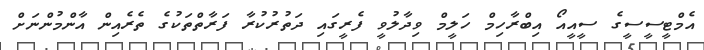
އެމްޓީސީސީގެ ސީއީއޯ އިބްރާހިމް ހަލީމް ވިދާލުވީ ފެރީގައި ދަތުރުކުރާ ފަރާތްތަކުގެ ތެރެއިން އާންމުންނަށް